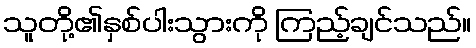
သူတို့၏နှစ်ပါးသွားကို ကြည့်ချင်သည်။